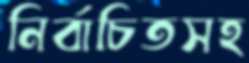
নির্বাচিতসহ